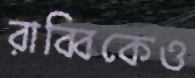
রাব্বিকেও